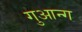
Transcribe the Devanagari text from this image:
गुआन्ग